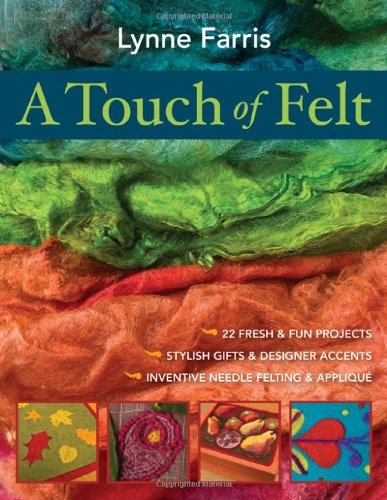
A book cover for A Touch of Felt: 22 Fresh & Fun Projects, Stylish Gifts & Designer Accents, Inventive Needle Felting & Applique; Lynne Farris; Crafts, Hobbies & Home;